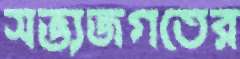
সভ্যজগতের